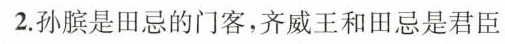
2.孙膑是田忌的门客，齐威王和田忌是君臣